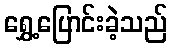
ရွှေ့ပြောင်းခဲ့သည်